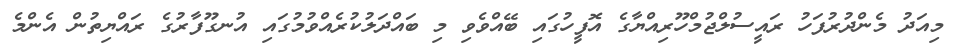
މިއަދު މެންދުރުފަހު ރައީސުލްޖުމްހޫރިއްޔާގެ އޮފީހުގައި ބޭއްވެވި މި ބައްދަލުކުރެއްވުމުގައި އުނގޫފާރުގެ ރައްޔިތުން އެންމެ